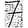
Digit: 7